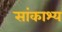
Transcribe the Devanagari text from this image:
सांकाश्य